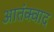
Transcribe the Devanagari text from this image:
आतंक्वाद